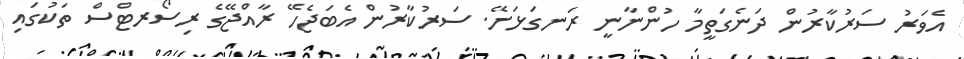
އެވަރު ސަރުކާރުން ދަނެގަތީމާ ހުންނާނީ ރަނގަޅަށޭ. ސަރުކާރުން އެބަޖެހޭ ރާއްޖޭގެ ރިސޯރޓްސް ތަކުގައި